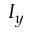
I _ { y }